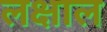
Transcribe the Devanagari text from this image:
लक्षाल